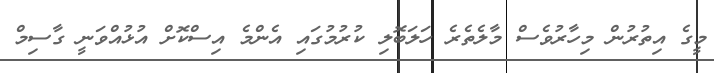
މީގެ އިތުރުން މިހާރުވެސް މާލެތެރެ ހަލަބޮލި ކުރުމުގައި އެންމެ އިސްކޮށް އުޅުއްވަނީ ގާސިމް